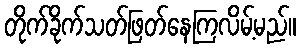
တိုက်ခိုက်သတ်ဖြတ်နေကြလိမ့်မည်။